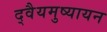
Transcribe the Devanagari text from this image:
द्वैयमुष्यायन